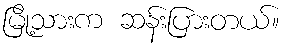
မြို့သားက ဆန်းပြားတယ်။